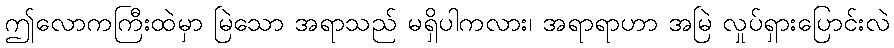
ဤလောကကြီးထဲမှာ မြဲသော အရာသည် မရှိပါကလား၊ အရာရာဟာ အမြဲ လှုပ်ရှားပြောင်းလဲ